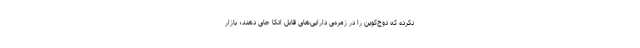
نکرده که دوج‌کوین را در زمره‌ی دارایی‌های قابل اتکا جای دهند؛ بازار